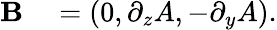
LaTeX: \begin{array}{rl}{{\mathbf B}}&{{}=\left(0,\partial_{z}A,-\partial_{y}A\right).}\end{array}